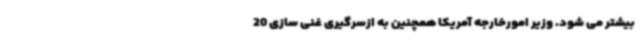
بیشتر می شود. وزیر امورخارجه آمریکا همچنین به ازسرگیری غنی سازی 20